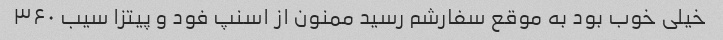
خیلی خوب بود به موقع سفارشم رسید ممنون از اسنپ فود و پیتزا سیب ۳۶۰